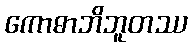
ကောဓာဘိဘူတဿ